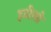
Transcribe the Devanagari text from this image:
हठीलो